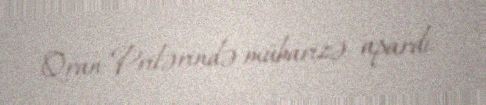
Qran-Prilərində mübarizə apardı.